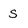
Character: S